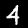
Digit: 4